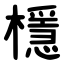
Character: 檼